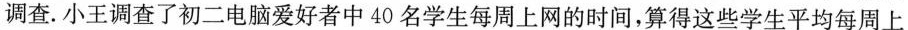
调查.小王调查了初二电脑爱好者中40名学生每周上网的时间，算得这些学生平均每周上